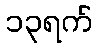
၁၃ရက်